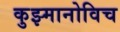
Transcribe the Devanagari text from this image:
कुझ्मानोविच